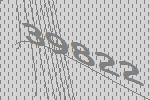
39822